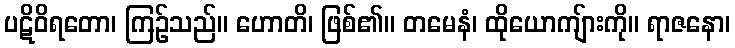
ပဋိဝိရတော၊ ကြဉ်သည်။ ဟောတိ၊ ဖြစ်၏။ တမေနံ၊ ထိုယောကျ်ားကို။ ရာဇနော၊